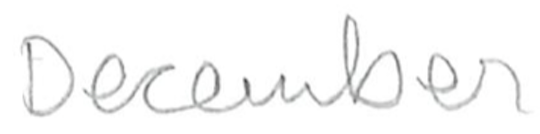
Text: December
Cross-out: clean
Writing tool: pencil